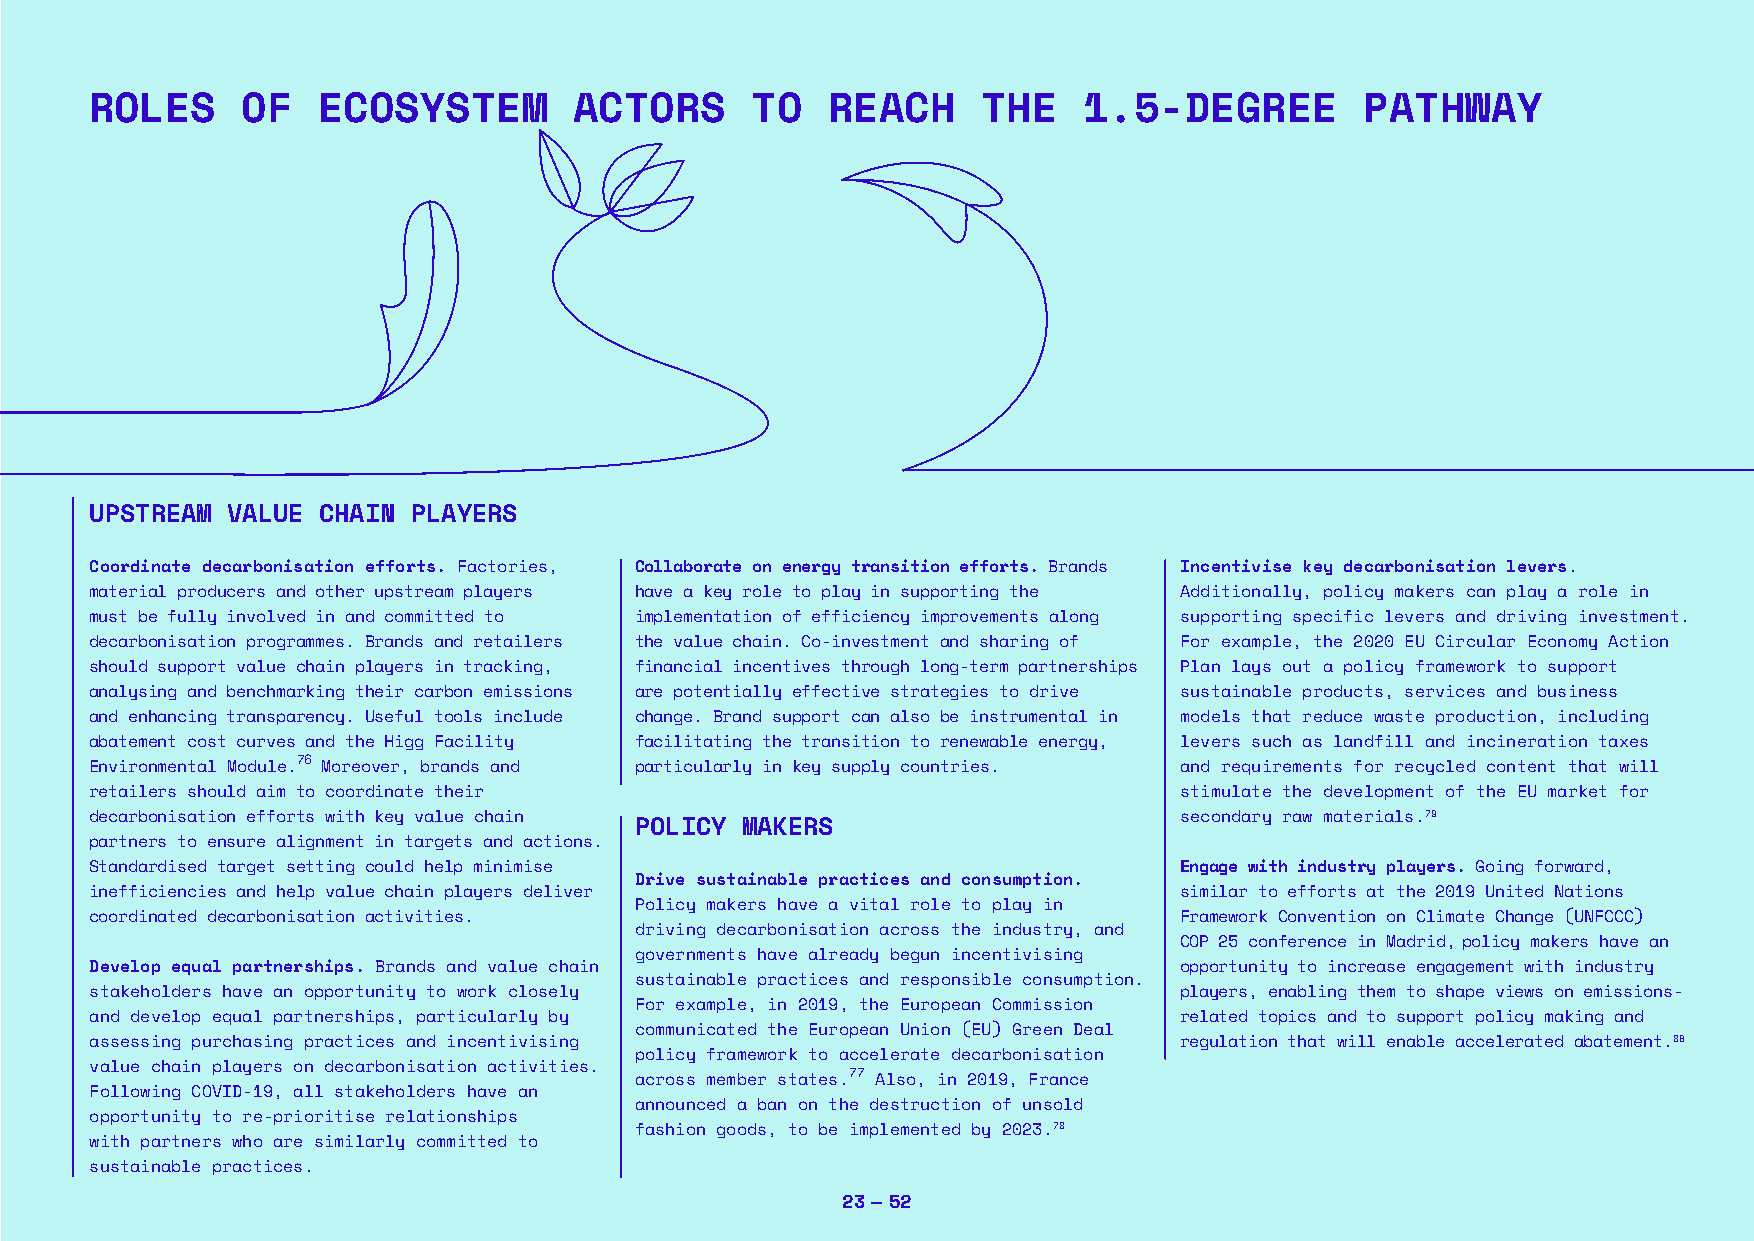
ROLES     OF   ECOSYSTEM        ACTORS      TO   REACH     THE    1.5-DEGREE        PATHWAY
 UPSTREAM VALUE CHAIN PLAYERS
 Coordinate decarbonisation efforts. Factories, Collaborate on energy transition efforts. Brands Incentivise key decarbonisation levers.
 material producers and other upstream players have a key role to play in supporting the Additionally, policy makers can play a role in
 must be fully involved in and committed to implementation of efficiency improvements along supporting specific levers and driving investment.
 decarbonisation programmes. Brands and retailers the value chain. Co-investment and sharing of For example, the 2020 EU Circular Economy Action
 should support value chain players in tracking, financial incentives through long-term partnerships Plan lays out a policy framework to support
 analysing and benchmarking their carbon emissions are potentially effective strategies to drive sustainable products, services and business
 and enhancing transparency. Useful tools include change. Brand support can also be instrumental in models that reduce waste production, including
 abatement cost curves and the Higg Facility facilitating the transition to renewable energy, levers such as landfill and incineration taxes
 Environmental Module.76 Moreover, brands and particularly in key supply countries. and requirements for recycled content that will
 retailers should aim to coordinate their                                stimulate the development of the EU market for
 decarbonisation efforts with key value chain                            secondary raw materials.79
 POLICY MAKERS
 partners to ensure alignment in targets and actions.
 Standardised target setting could help minimise                         Engage with industry players. Going forward,
 Drive sustainable practices and consumption.
 inefficiencies and help value chain players deliver                     similar to efforts at the 2019 United Nations
 Policy makers have a vital role to play in
 coordinated decarbonisation activities.                                 Framework Convention on Climate Change (UNFCCC)
 driving decarbonisation across the industry, and
 COP 25 conference in Madrid, policy makers have an
 governments have already begun incentivising
 Develop equal partnerships. Brands and value chain                      opportunity to increase engagement with industry
 sustainable practices and responsible consumption.
 stakeholders have an opportunity to work closely                        players, enabling them to shape views on emissions-
 For example, in 2019, the European Commission
 and develop equal partnerships, particularly by                         related topics and to support policy making and
 communicated the European Union (EU) Green Deal
 assessing purchasing practices and incentivising                        regulation that will enable accelerated abatement.80
 policy framework to accelerate decarbonisation
 value chain players on decarbonisation activities.
 across member states.77 Also, in 2019, France
 Following COVID-19, all stakeholders have an
 announced a ban on the destruction of unsold
 opportunity to re-prioritise relationships
 fashion goods, to be implemented by 2023.78
 with partners who are similarly committed to
 sustainable practices.
 23 — 52